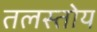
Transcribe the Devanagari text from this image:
तलस्तोय